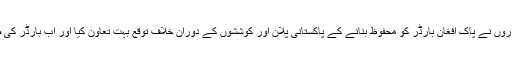
اس تمام گیم کے دوران اچھی بات یہ رہی کہ افغان حکومت اور اداروں نے پاک افغان بارڈر کو محفوظ بنانے کے پاکستانی پلان اور کوششوں کے دوران خلاف توقع بہت تعاون کیا اور اب بارڈر کی صورت حال اور سکیورٹی، ماضی کے مقابلے میں کافی بہتر ہے۔